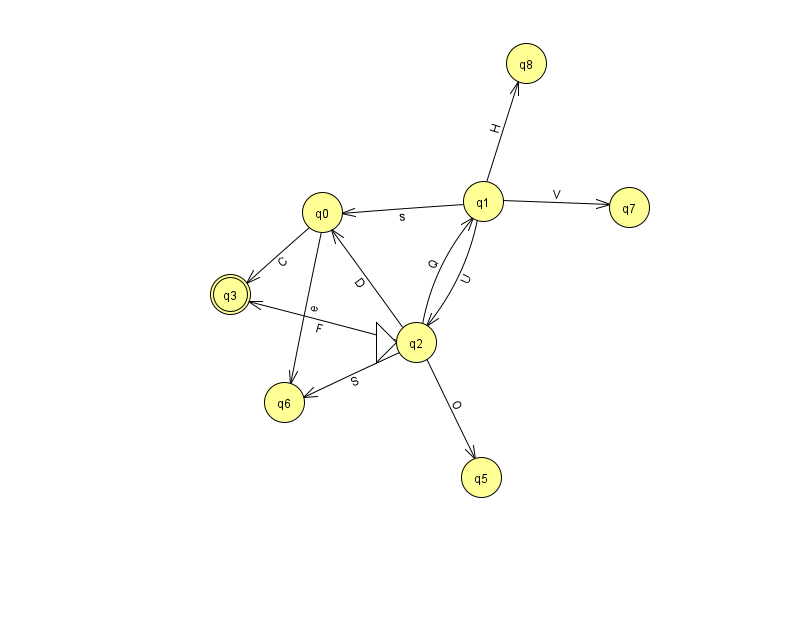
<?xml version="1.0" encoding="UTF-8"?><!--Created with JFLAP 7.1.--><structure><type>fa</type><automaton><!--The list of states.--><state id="0" name="q0"><x>322.0</x><y>199.0</y></state><state id="1" name="q1"><x>483.0</x><y>188.0</y></state><state id="2" name="q2"><x>416.0</x><y>329.0</y><initial/></state><state id="3" name="q3"><x>230.0</x><y>281.0</y><final/></state><state id="5" name="q5"><x>481.0</x><y>464.0</y></state><state id="6" name="q6"><x>284.0</x><y>389.0</y></state><state id="7" name="q7"><x>629.0</x><y>194.0</y></state><state id="8" name="q8"><x>526.0</x><y>50.0</y></state><!--The list of transitions.--><transition><from>2</from><to>6</to><read>S</read></transition><transition><from>1</from><to>7</to><read>V</read></transition><transition><from>2</from><to>0</to><read>D</read></transition><transition><from>0</from><to>6</to><read>e</read></transition><transition><from>0</from><to>3</to><read>C</read></transition><transition><from>2</from><to>3</to><read>F</read></transition><transition><from>2</from><to>5</to><read>O</read></transition><transition><from>2</from><to>1</to><read>Q</read></transition><transition><from>1</from><to>0</to><read>s</read></transition><transition><from>1</from><to>8</to><read>H</read></transition><transition><from>1</from><to>2</to><read>U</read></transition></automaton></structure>